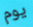
يوم